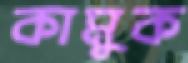
কামুক